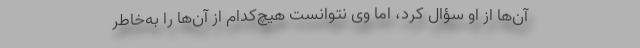
آن‌ها از او سؤال کرد، اما وی نتوانست هیچ‌کدام از آن‌ها را به‌خاطر